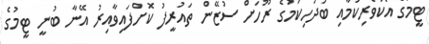
ޓީމުގެ އެކުވެރިކަމާއި ބަދަހިކަމުގެ ރޫހަށް ސުޒޭން ތައުރީފު ކޮށްފައިވާއިރު އޭނާ ބުނީ ޓީމުގެ